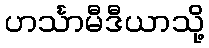
ဟင်္သာမီဒီယာသို့